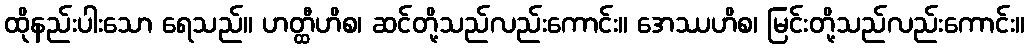
ထိုနည်းပါးသော ရေသည်။ ဟတ္ထီဟိစ၊ ဆင်တို့သည်လည်းကောင်း။ အေဿဟိစ၊ မြင်းတို့သည်လည်းကောင်း။